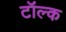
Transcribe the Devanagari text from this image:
टॉल्क